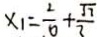
x _ { 1 } = \frac { 2 } { 6 } + \frac { \sqrt { 7 } } { 3 }